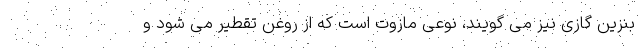
بنزین گازی نیز می گویند، نوعی مازوت است که از روغن تقطیر می شود و